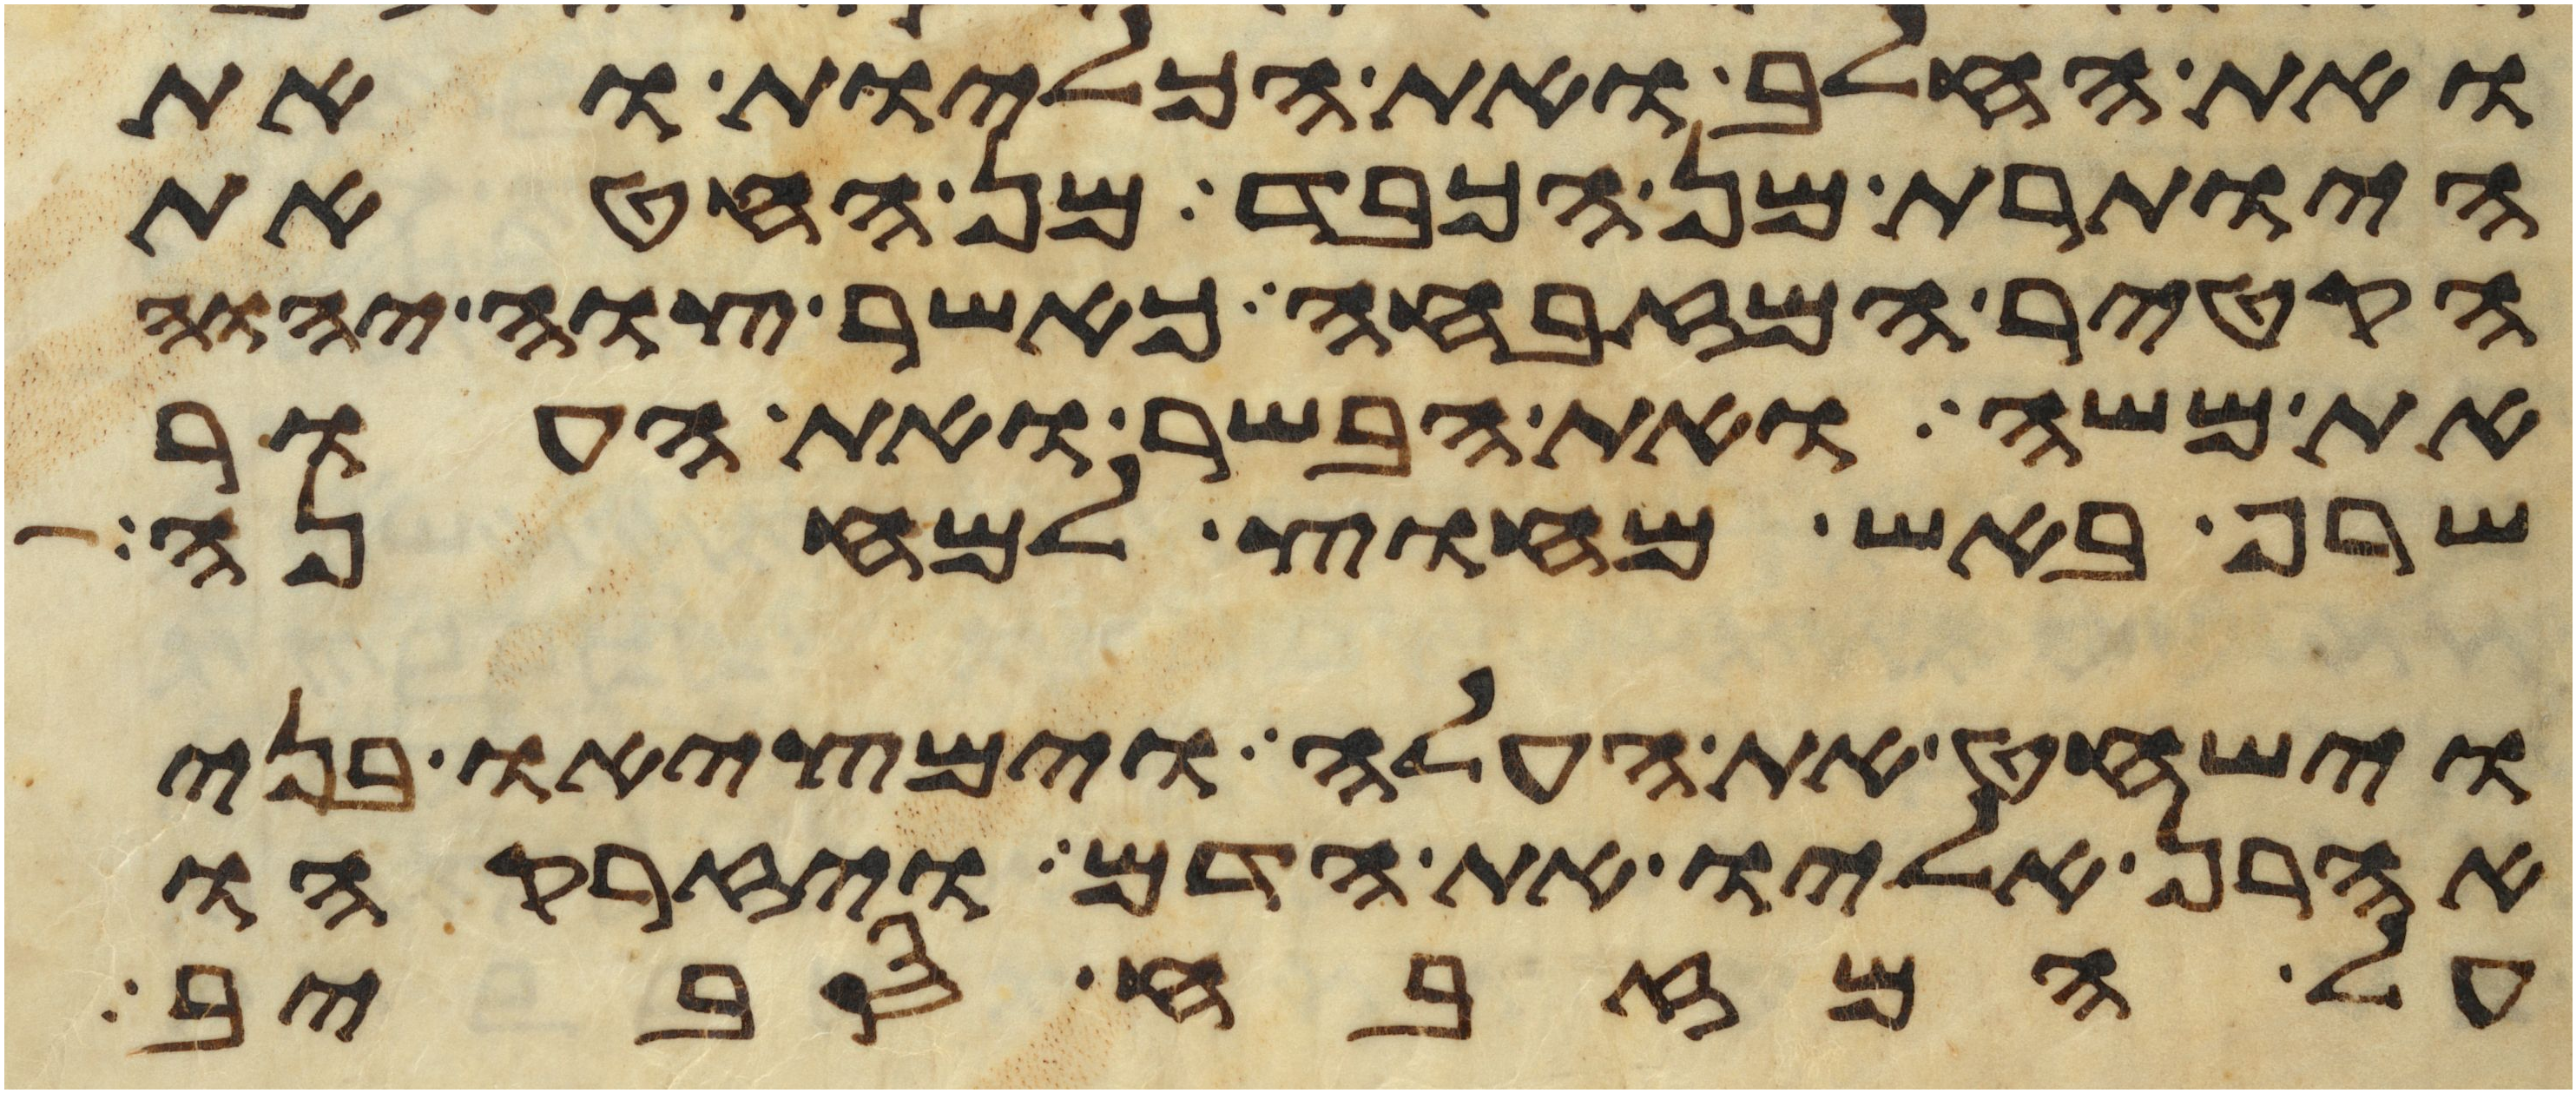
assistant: ואת החלב ואת הכליות ואת
היותרת מן הכבד מן החטאת
הקטיר המזבחה כאשר צוה יהוה
את משה ואת הבשר ואת העור
שרף באש מחוץ למחנה
וישחט את העלה וימציאו בני
אהרן אליו את הדם ויזרקהו
על המזבח סביב